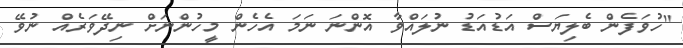
"ހުވަފެން ބެލިޔަސް އަޑުއަޑު ނުލައްވާ އޮންނަ ނަމަ އެހެން މީހުންނަށް ނިދޭވަރެއް ނުވޭ